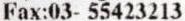
FAX:03- 55423213